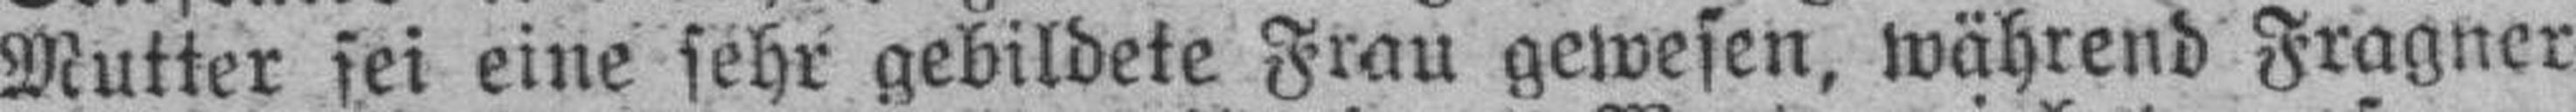
Mutter sei eine sehr gebildete Frau gewesen, während Fragner